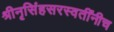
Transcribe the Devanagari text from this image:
श्रीनृसिंहसरस्वतींनीच